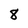
Character: 8